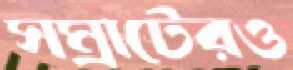
সম্রাটেরও